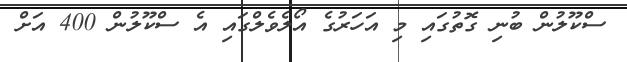
ސްކޫލުން ބުނި ގޮތުގައި މި އަހަރުގެ އޯލެވެލްގައި އެ ސްކޫލުން 400 އަށް